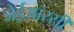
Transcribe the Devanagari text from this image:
जेईआरसी